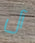
آل